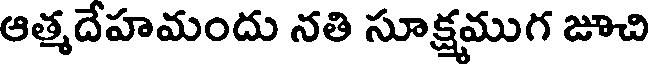
ఆత్మదేహమందు నతి సూక్షముగ జూచి